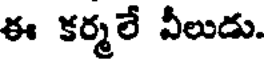
ఈ కర్మలే వీలుడు.